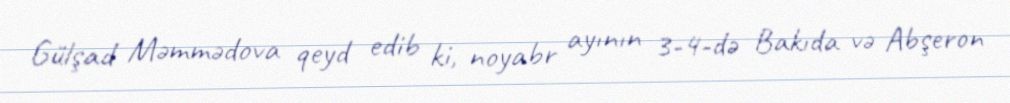
Gülşad Məmmədova qeyd edib ki, noyabr ayının 3-4-də Bakıda və Abşeron